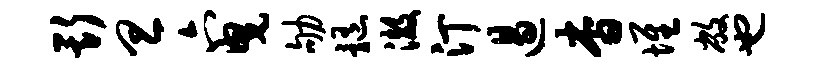
斯旦六曳劬髓澈汀遏杳堆敝也